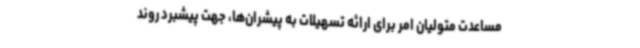
مساعدت متولیان امر برای ارائه تسهیلات به پیشران‌ها، جهت پیشبرد روند